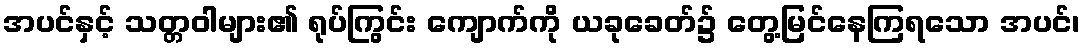
အပင်နှင့် သတ္တဝါများ၏ ရုပ်ကြွင်း ကျောက်ကို ယခုခေတ်၌ တွေ့မြင်နေကြရသော အပင်၊